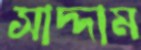
সাদ্দাম